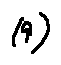
( 9 )